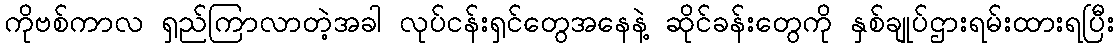
ကိုဗစ်ကာလ ရှည်ကြာလာတဲ့အခါ လုပ်ငန်းရှင်တွေအနေနဲ့ ဆိုင်ခန်းတွေကို နှစ်ချုပ်ဌားရမ်းထားရပြီး